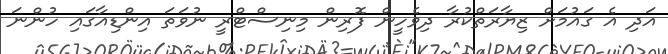
އަދި އެ ގައުމަށް ޒިޔާރަތްކުރާ ދިވެހީން ފޮރިން މިނިސްޓްރީ ނުވަތަ އިންޑިއާގައި ހުންނަ